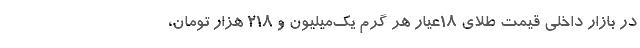
در بازار داخلی قیمت طلای 18عیار هر گرم یک‌میلیون و 218 هزار تومان،